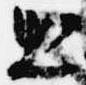
出